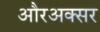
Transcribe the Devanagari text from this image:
औरअक्सर